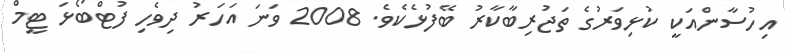
އިހުސާންއަކީ ކުޅިވަރުގެ ތަޖުރިބާކާރު ބޭފުޅެކެވެ. 2008 ވަނަ އަހަރު ދިވެހި ފުޓްބޯޅަ ޓީމް